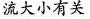
流大小有关